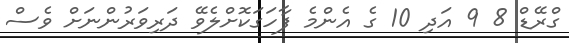
ގްރޭޑް 8 9 އަދި 10 ގެ އެންމެ ފާހަގަކޮށްލެވޭ ދަރިވަރުންނަށް ވެސް